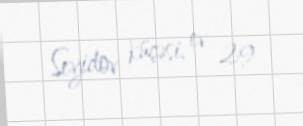
Seyidov küçəsi, ev 29